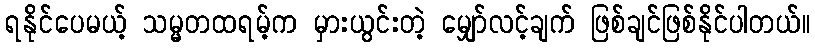
ရနိုင်ပေမယ့် သမ္မတထရမ့်က မှားယွင်းတဲ့ မျှော်လင့်ချက် ဖြစ်ချင်ဖြစ်နိုင်ပါတယ်။